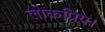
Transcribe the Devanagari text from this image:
लोकप्रिय।